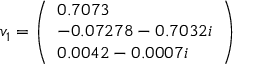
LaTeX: v _ { 1 } = { \left( \begin{array} { l } { 0 . 7 0 7 3 } \\ { - 0 . 0 7 2 7 8 - 0 . 7 0 3 2 i } \\ { 0 . 0 0 4 2 - 0 . 0 0 0 7 i } \end{array} \right) }